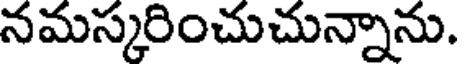
నమస్కరించుచున్నాను.